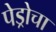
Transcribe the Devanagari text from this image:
पेड्रोचा